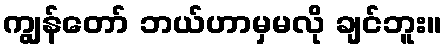
ကျွန်တော် ဘယ်ဟာမှမလို ချင်ဘူး။